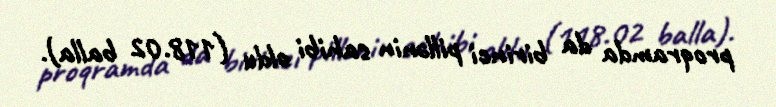
proqramda da birinci pillənin sahibi oldu (118.02 balla).